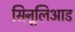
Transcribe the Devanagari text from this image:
सिनूलिआड